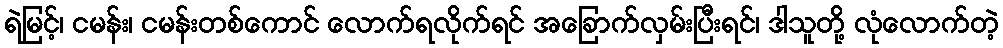
ရဲမြင့်၊ ငမန်း၊ ငမန်းတစ်ကောင် လောက်ရလိုက်ရင် အခြောက်လှမ်းပြီးရင်၊ ဒါသူတို့ လုံလောက်တဲ့